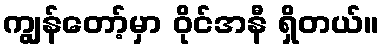
ကျွန်တော့်မှာ ဝိုင်အနီ ရှိတယ်။